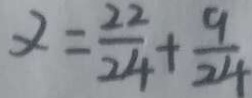
x = \frac { 2 2 } { 2 4 } + \frac { 9 } { 2 4 }